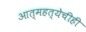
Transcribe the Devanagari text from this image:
आत्महत्येचीही